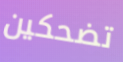
تضحكين